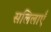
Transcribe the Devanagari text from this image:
सलिलाएँ